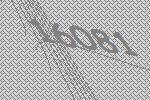
16081